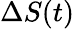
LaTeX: \Delta S(t)